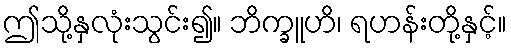
ဤသို့နှလုံးသွင်း၍။ ဘိက္ခူဟိ၊ ရဟန်းတို့နှင့်။